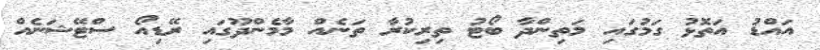
އައްޑު އަތޮޅު ގަމުގައި މަތިންދާ ބޯޓު ތިރިކުރާ ތަނެއް މާމެންދޫގައި ރޭޑިއޯ ސްޓޭޝަނެއް